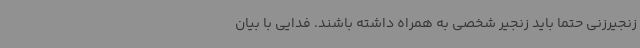
زنجیرزنی حتماً باید زنجیر شخصی به همراه داشته باشند. فدایی با بیان